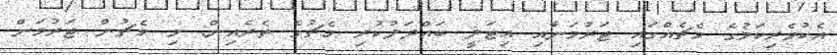
އެކުވެރިކަމުގެ މެޗެއްގައި ޖަރުމަނާއި އިޓަލީ ބައްދަލުކުރި މެޗުގެ ތެރެއިން: މި މެޗުން ޖަރުމަން